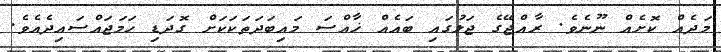
މަދެއް ކޮށެއް ނޫނެވެ. ރާއްޖޭގެ ޖަލުގައި ބައެއް ޚާއްސަ މައިބަދަތަކަކަށް ގޮދަޑި ހަމަޖައްސައިދެއެވެ.